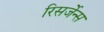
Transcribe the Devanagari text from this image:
रिसर्जेन्स